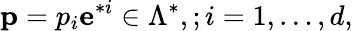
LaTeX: {\mathbf p}=p_{i}{\mathbf e}^{*i}\in\Lambda^{*},;i=1,\dots,d,